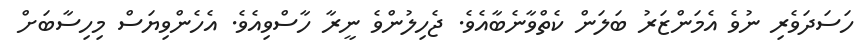
ހަސަދަވެރި ނުވެ އެމަންޒަރު ބަލަން ކެތްވާނެބާއެވެ. ޖެހިލުންވެ ނީރާ ހާސްވިއެވެ. އެހެންވިޔަސް މިހިސާބަށް